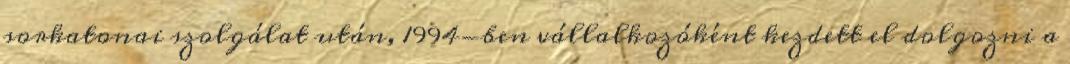
sorkatonai szolgálat után, 1994-ben vállalkozóként kezdett el dolgozni a